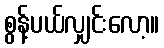
စွန့်ပယ်လျှင်းလော့။